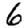
Digit: 6